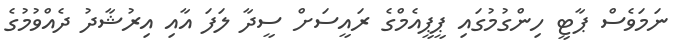
ނަމަވެސް ޕާޓީ ހިންގުމުގައި ޕީޕީއެމްގެ ރައީސަށް ސީދާ ލަފަ އާއި އިރުޝާދު ދެއްވުމުގެ